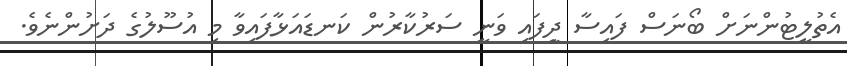
އެތުލީޓުންނަށް ބޯނަސް ފައިސާ ދިީފައި ވަނީ ސަރުކާރުން ކަނޑައަޅާފައިވާ މި އުސޫލުގެ ދަށުންނެވެ.